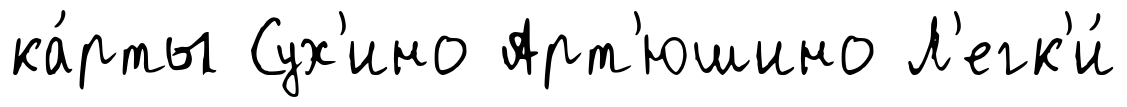
ка́рты Сух'ино Арт'юшино Л'егк'и́